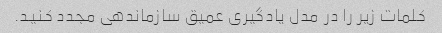
کلمات زیر را در مدل یادگیری عمیق سازماندهی مجدد کنید.